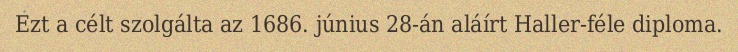
Ezt a célt szolgálta az 1686. június 28-án aláírt Haller-féle diploma.